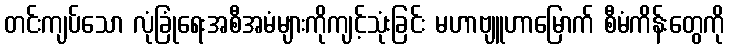
တင်းကျပ်သော လုံခြုံရေးအစီအမံများကိုကျင့်သုံးခြင်း မဟာဗျူဟာမြောက် စီမံကိန်းတွေကို